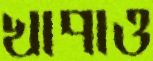
খাপাও